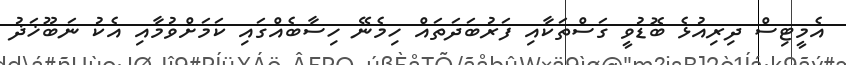
އެމީޓިސް ދިރިއުޅެ ބޮޑުވީ ގަސްތަކާއި ފަރުބަދަތައް ހިމެނޭ ހިސާބެއްގައި ކަމަށްވުމާއި އެކު ނަބޫޚަޛު